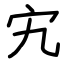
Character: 宄